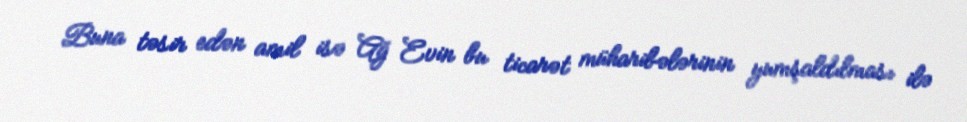
Buna təsir edən amil isə Ağ Evin bu ticarət müharibələrinin yumşaldılması ilə